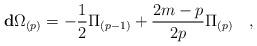
LaTeX: \begin{align*}\mathbf{d}\Omega_{(p)}= -{1\over 2} \Pi_{(p-1)} + {2m-p\over 2p} \Pi_{(p)}\quad,\end{align*}